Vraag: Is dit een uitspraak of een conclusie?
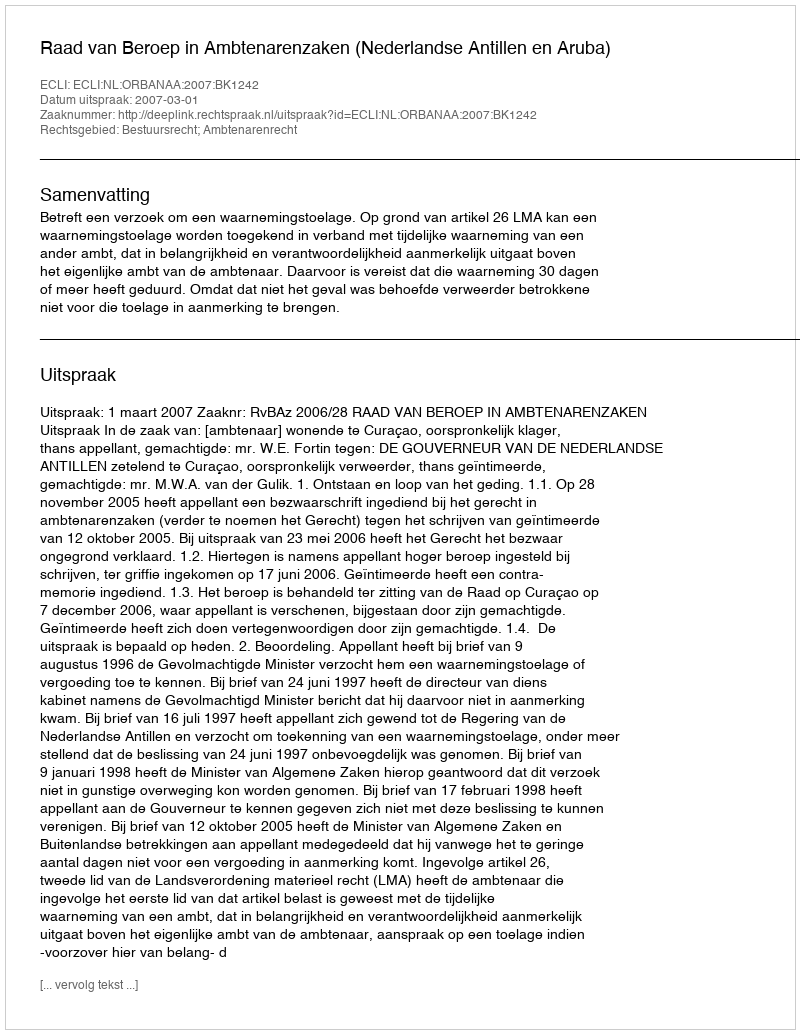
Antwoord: Uitspraak